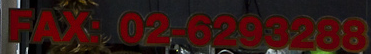
FAX:02-6293288